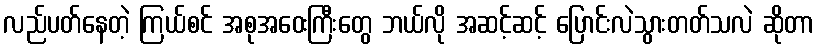
လည်ပတ်နေတဲ့ ကြယ်စင် အစုအဝေးကြီးတွေ ဘယ်လို အဆင့်ဆင့် ပြောင်းလဲသွားတတ်သလဲ ဆိုတာ